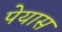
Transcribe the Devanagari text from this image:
पेयास